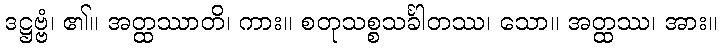
ဒဋ္ဌဗ္ဗံ၊ ၏။ အတ္ထဿာတိ၊ ကား။ စတုသစ္စသင်္ခါတဿ၊ သော။ အတ္ထဿ၊ အား။